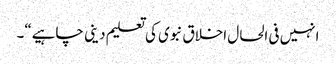
انہیں فی الحال اخلاق نبوی کی تعلیم دینی چاہیے“۔